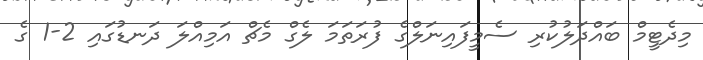
މިދެޓީމް ބައްދަލުކުރި ސެމީފައިނަލްގެ ފުރަތަމަ ލެގް މެޗް އަމިއްލަ ދަނޑުގައި 2-1 ގެ